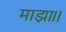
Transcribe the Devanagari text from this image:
माझा।।